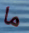
ما